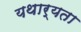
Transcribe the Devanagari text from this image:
यथार्यता